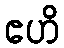
ဧဟိ